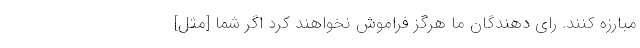
مبارزه کنند. رای دهندگان ما هرگز فراموش نخواهند کرد اگر شما [مثل]